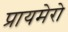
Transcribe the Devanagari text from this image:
प्रायमेरो